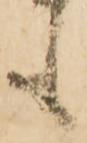
も